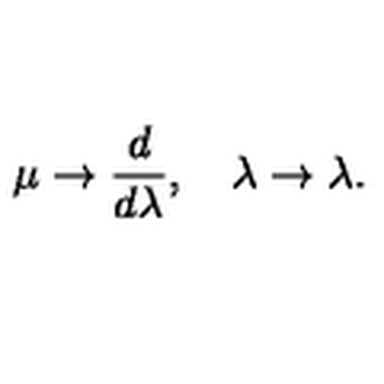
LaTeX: \mu \to \frac { d } { d \lambda } , \quad \lambda \to \lambda .